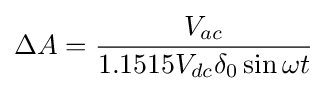
\Delta A={\frac {V_{ac}}{1.1515V_{dc}\delta _{0}\sin \omega t}}